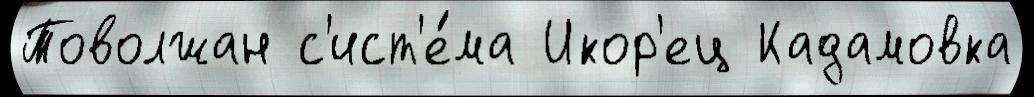
Товолжан с'ист'е́ма Икор'ец Кадамовка